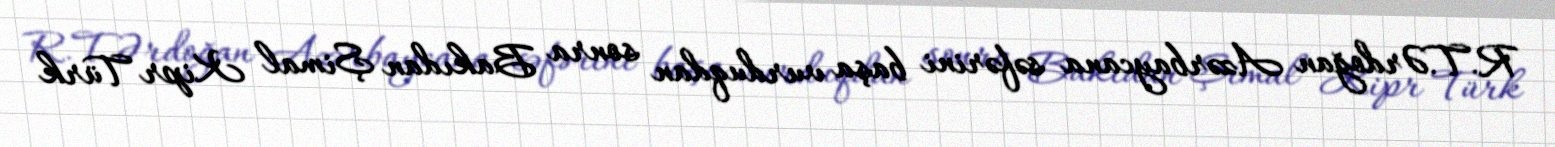
R.T.Ərdoğan Azərbaycana səfərini başa vurduqdan sonra Bakıdan Şimal Kipr Türk